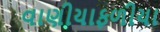
વાણીયાફળીયા